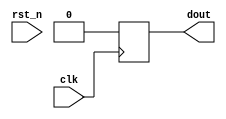
`timescale 1 ns / 1 ps
(* DONT_TOUCH = "yes" *)
module gnd_driver(
    input clk,
    input rst_n,
    output reg dout
    );
    always@(posedge clk) begin
        if(!rst_n) dout <= 1'b0;
        else       dout <= 1'b0;
    end

endmodule